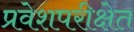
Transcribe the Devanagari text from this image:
प्रवेशपरीक्षेत